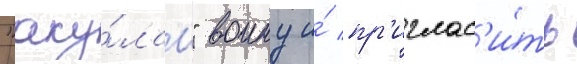
"аку́лам" воину и́ пр'иглас'и́ть